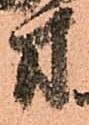
方